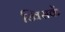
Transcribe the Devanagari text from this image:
खिसकें